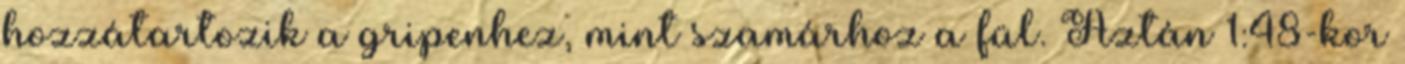
hozzátartozik a gripenhez, mint szamárhoz a fül. Aztán 1:48-kor